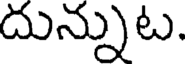
దున్నుట.